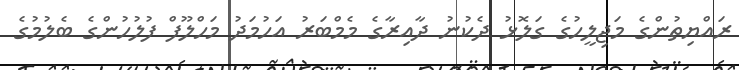
ރައްޔިތުންގެ މަޖިލީހުގެ ގަލޮޅު ދެކުނު ދާއިރާގެ މެމްބަރު އަހުމަދު މަހްލޫފް ފުލުހުންގެ ބެލުމުގެ